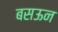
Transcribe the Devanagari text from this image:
बसऊन